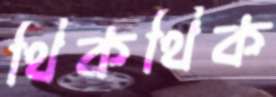
থিকথিক